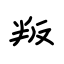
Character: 叛